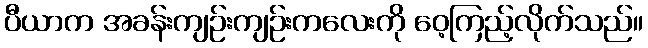
ပီယာက အခန်းကျဉ်းကျဉ်းကလေးကို ဝေ့ကြည့်လိုက်သည်။